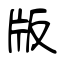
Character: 版